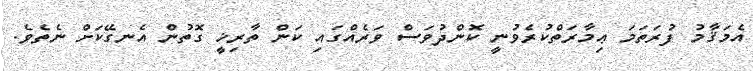
އެމަޤާމު ފުރަތަމަ ޢިމާރަތްކުރެވުނީ ކޮންދުވަސް ވަރެއްގައި ކަން ތާރިޚީ ގޮތުން އެނގޭކަށް ނެތެވެ.